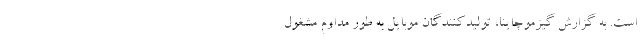
است. به گزارش گیزموچاینا، تولیدکنندگان موبایل به طور مداوم مشغول